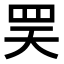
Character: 𦊊